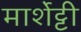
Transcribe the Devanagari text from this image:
मार्शेट्टी